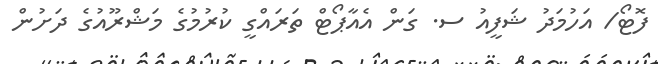
ފޮޓޯ/ އަހުމަދު ޝަފީއު ސ. ގަން އެއާޕޯޓް ތަރައްގީ ކުރުމުގެ މަޝްރޫއުގެ ދަށުން